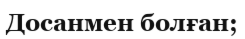
Досанмен болған;